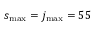
s _ { \mathrm { m a x } } = j _ { \mathrm { m a x } } = 5 5